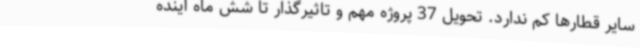
سایر قطارها کم ندارد. تحویل 37 پروژه مهم و تاثیرگذار تا شش ماه آینده